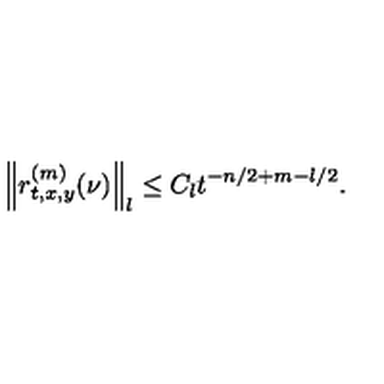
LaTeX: \left\| r _ { t , x , y } ^ { ( m ) } ( \nu ) \right\| _ { l } \le C _ { l } t ^ { - n / 2 + m - l / 2 } .